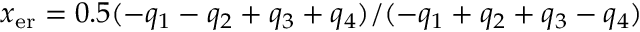
x _ { \mathrm { e r } } = 0 . 5 ( - q _ { 1 } - q _ { 2 } + q _ { 3 } + q _ { 4 } ) / ( - q _ { 1 } + q _ { 2 } + q _ { 3 } - q _ { 4 } )